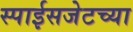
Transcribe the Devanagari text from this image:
स्पाईसजेटच्या